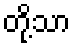
တို့သာ